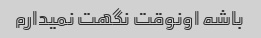
باشه اونوقت نگهت نمیدارم